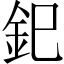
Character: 釲